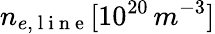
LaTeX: n_{e,\mathrm{~l~i~n~e~}}[10^{20}\, m^{-3}]